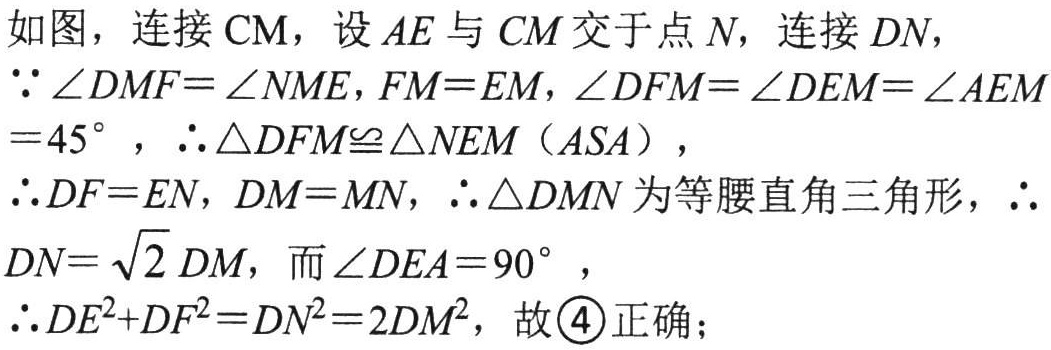
如图，连接 \(CM\)，设 \(AE\) 与 \(CM\) 交于点 \(N\)，连接 \(DN\)，
\(\because\angle DMF = \angle NME, FM = EM, \angle DFM=\angle DEM = \angle AEM = 45^{\circ}\)，\(\therefore\triangle DFM\cong\triangle NEM\ (ASA)\)，
\(\therefore DF = EN, DM = MN\)，\(\therefore\triangle DMN\) 为等腰直角三角形，\(\therefore DN = \sqrt{2}DM\)，而 \(\angle DEA = 90^{\circ}\)，
\(\therefore DE^{2}+DF^{2}=DN^{2}=2DM^{2}\)，故 \(\textcircled{4}\) 正确；